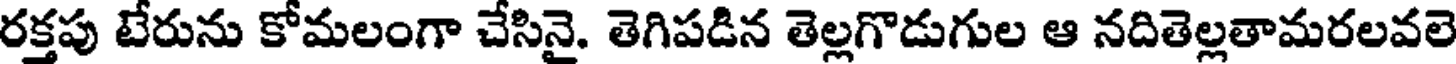
రక్తపు టేరును కోమలంగా చేసినై. తెగిపడిన తెల్లగొడుగుల ఆ నదితెల్లతామరలవలె